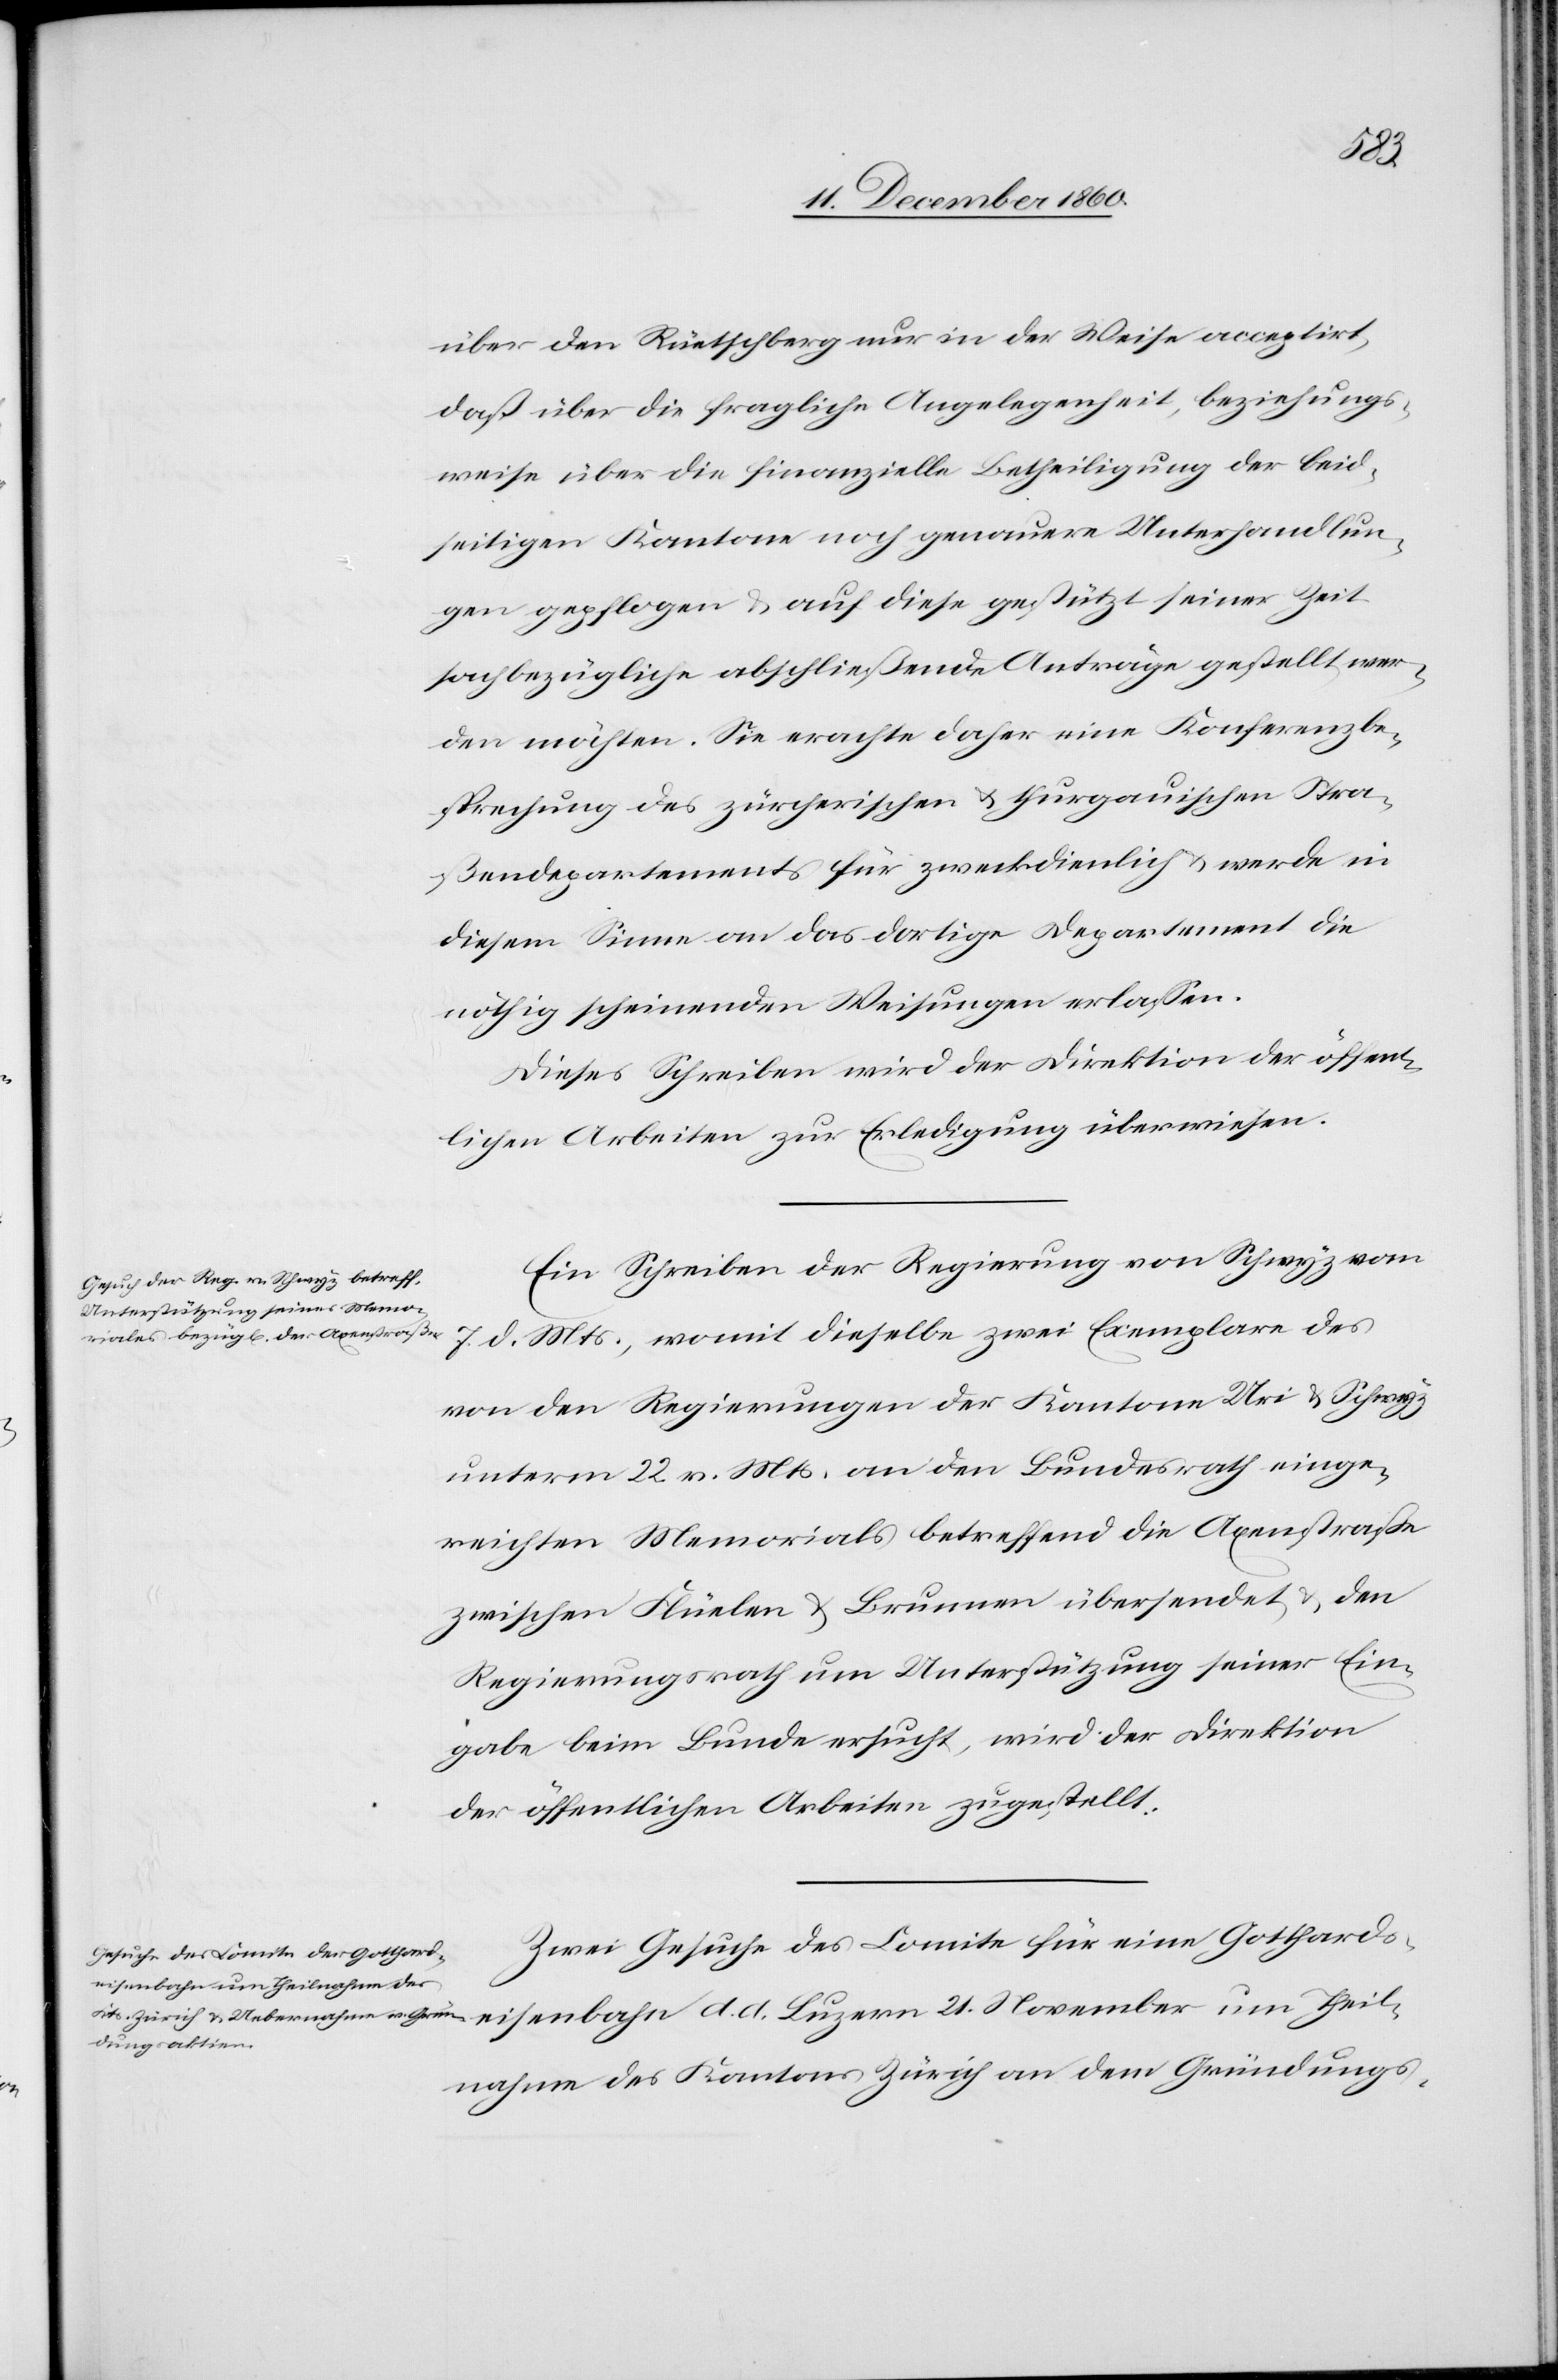
21.
über den Rüetschberg nur in der Weise acceptirt,
daß über die fragliche Angelegenheit, beziehungs¬
weise über die finanzielle Betheiligung der beid¬
seitigen Kantone noch genauere Unterhandlun¬
gen gepflogen u. auf diese gestützt seiner Zeit
sachbezügliche abschließende Anträge gestellt wer¬
den möchten. Sie erachte daher eine Konferenzbe¬
sprechung des zürcherischen u. thurgauischen Stra¬
ßendepartements für zweckdienlich u. werde in
diesem Sinne an das dortige Departement die
nöthig scheinenden Weisungen erlassen.
Dieses Schreiben wird der Direktion der öffent¬
lichen Arbeiten zur Erledigung überwiesen.
Ein Schreiben der Regierung von Schwyz vom
7. d.Mts., mit demselben zwei Exemplare des
von den Regierungen der Kantone Uri u. Schwyz
unterm 22. v. Mts. an den Bundesrath einge¬
reichten Memorials betreffend die Axenstraße
zwischen Flüelen u. Brunnen übersendet u. den
Regierungsrath um Unterstützung seiner Ein¬
gabe beim Bunde ersucht, wird der Direktion
der öffentlichen Arbeiten zugestellt.
Zwei Gesuche des Comite für eine Gotthardeis¬
um Theil¬
nahme des Kantons Zürich an dem Gründungs-